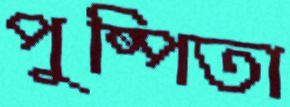
পুষ্পিতা